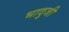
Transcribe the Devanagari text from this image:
भादुजी